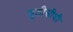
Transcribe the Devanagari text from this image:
यूटीसीशी